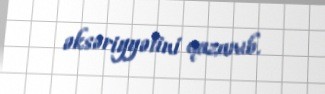
əksəriyyətini qazanıb.